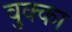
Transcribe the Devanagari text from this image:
वुक्का